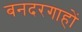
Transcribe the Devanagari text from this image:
बनदरगाहों